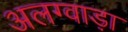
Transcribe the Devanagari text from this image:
अलग्वाड़ा